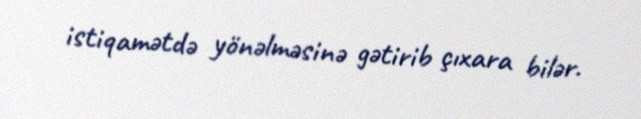
istiqamətdə yönəlməsinə gətirib çıxara bilər.